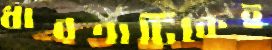
ধারণাটিকেই